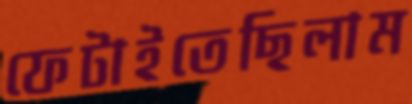
ফেটাইতেছিলাম